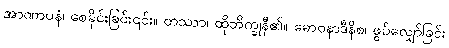
အာဏာပနံ၊ စေခိုင်းခြင်း၎င်း။ တဿာ၊ ထိုဘိက္ခုနီ၏။ ဓောဝနာဒီနိစ၊ ဖွပ်လျှော်ခြင်း